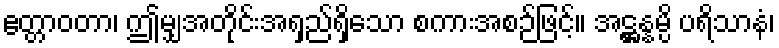
ဧတ္တာဝတာ၊ ဤမျှအတိုင်းအရှည်ရှိသော စကားအစဉ်ဖြင့်။ အဋ္ဌန္နမ္ပိ ပရိသာနံ၊